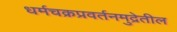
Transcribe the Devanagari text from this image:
धर्मचक्रप्रवर्तनमुद्रेतील